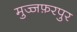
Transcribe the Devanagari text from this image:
मुज्जफ़रपुर